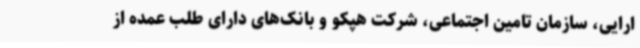
ارایی، سازمان تامین اجتماعی، شرکت هپکو و بانک‌های دارای طلب عمده از